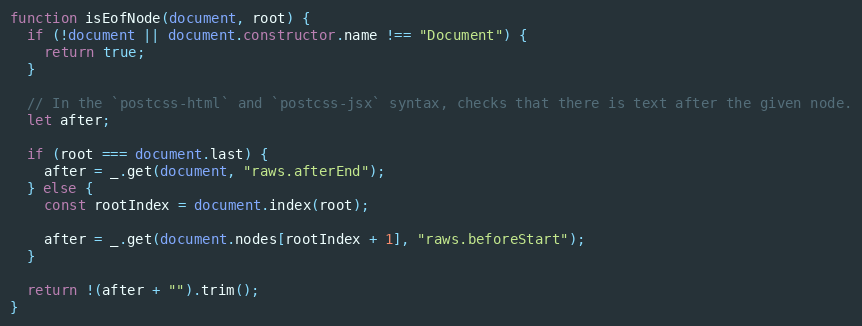
Language: JavaScript
function isEofNode(document, root) {
  if (!document || document.constructor.name !== "Document") {
    return true;
  }

  // In the `postcss-html` and `postcss-jsx` syntax, checks that there is text after the given node.
  let after;

  if (root === document.last) {
    after = _.get(document, "raws.afterEnd");
  } else {
    const rootIndex = document.index(root);

    after = _.get(document.nodes[rootIndex + 1], "raws.beforeStart");
  }

  return !(after + "").trim();
}